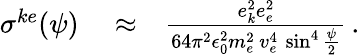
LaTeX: \begin{array}{rlr}{\sigma^{ke}(\psi)}&{{}\approx}&{\frac{e_{k}^{2}e_{e}^{2}}{64\pi^{2}\epsilon_{0}^{2}m_{e}^{2}\, v_{e}^{4}\, \sin^{4}\frac{\psi}{2}}\, .}\end{array}